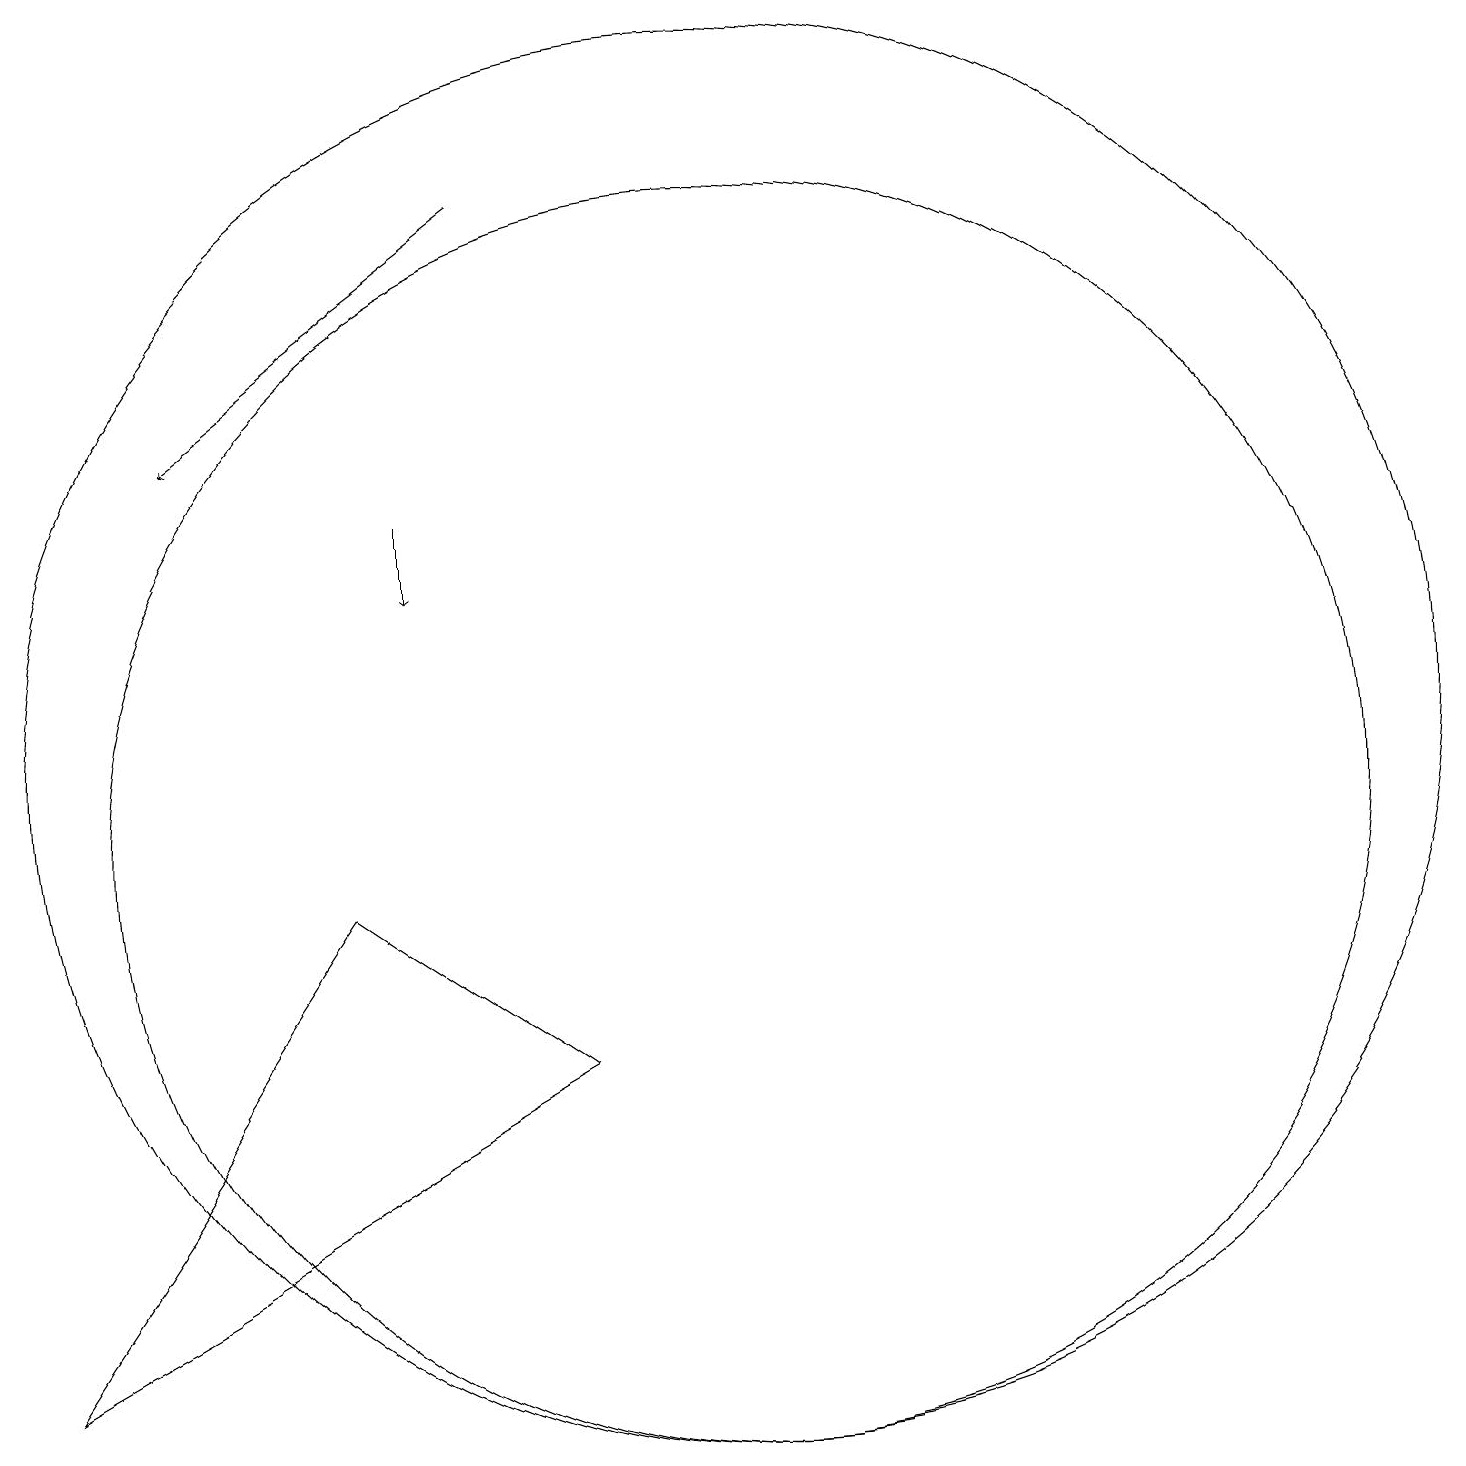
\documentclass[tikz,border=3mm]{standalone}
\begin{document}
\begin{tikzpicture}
\draw[->] (7,18) -- (3,15);
\draw[->] (6,14) -- (6,13);
\draw (10,10) circle (8);
\draw (1,3) -- (5,9) -- (8,7) -- cycle;
\draw (10,11) circle (9);
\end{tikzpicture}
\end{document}